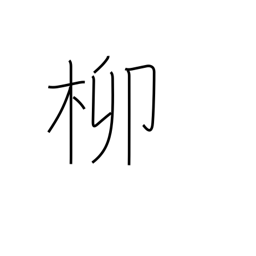
Meaning: willow